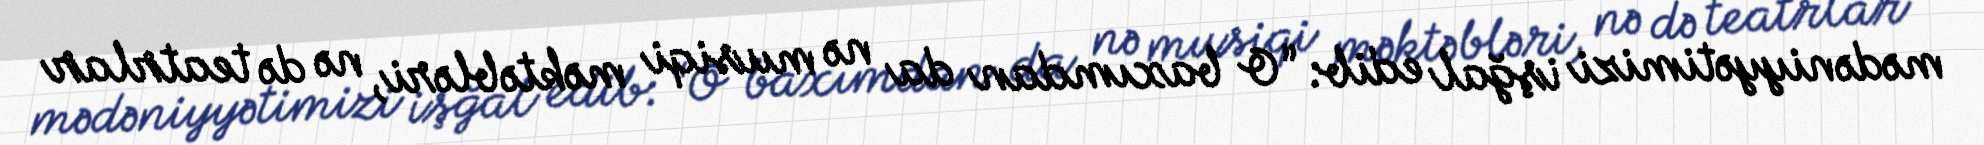
mədəniyyətimizi işğal edib: “O baxımdan da nə musiqi məktəbləri, nə də teatrlar